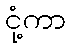
ငုံ့ကာ